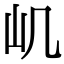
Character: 㞦